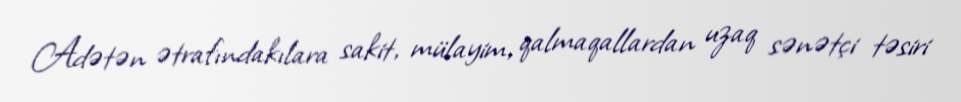
Adətən ətrafındakılara sakit, mülayim, qalmaqallardan uzaq sənətçi təsiri